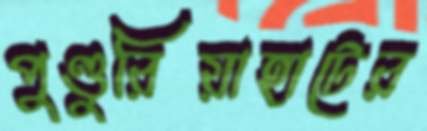
পুণ্ডুরিয়াহাটের